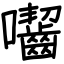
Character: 囓